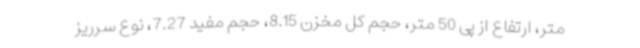
متر، ارتفاع از پی 50 متر، حجم کل مخزن 8.15، حجم مفید 7.27، نوع سرریز